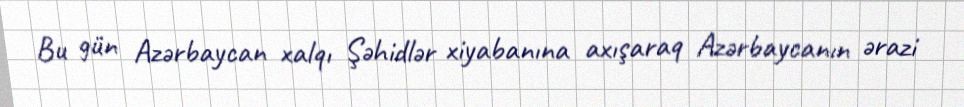
Bu gün Azərbaycan xalqı Şəhidlər xiyabanına axışaraq Azərbaycanın ərazi